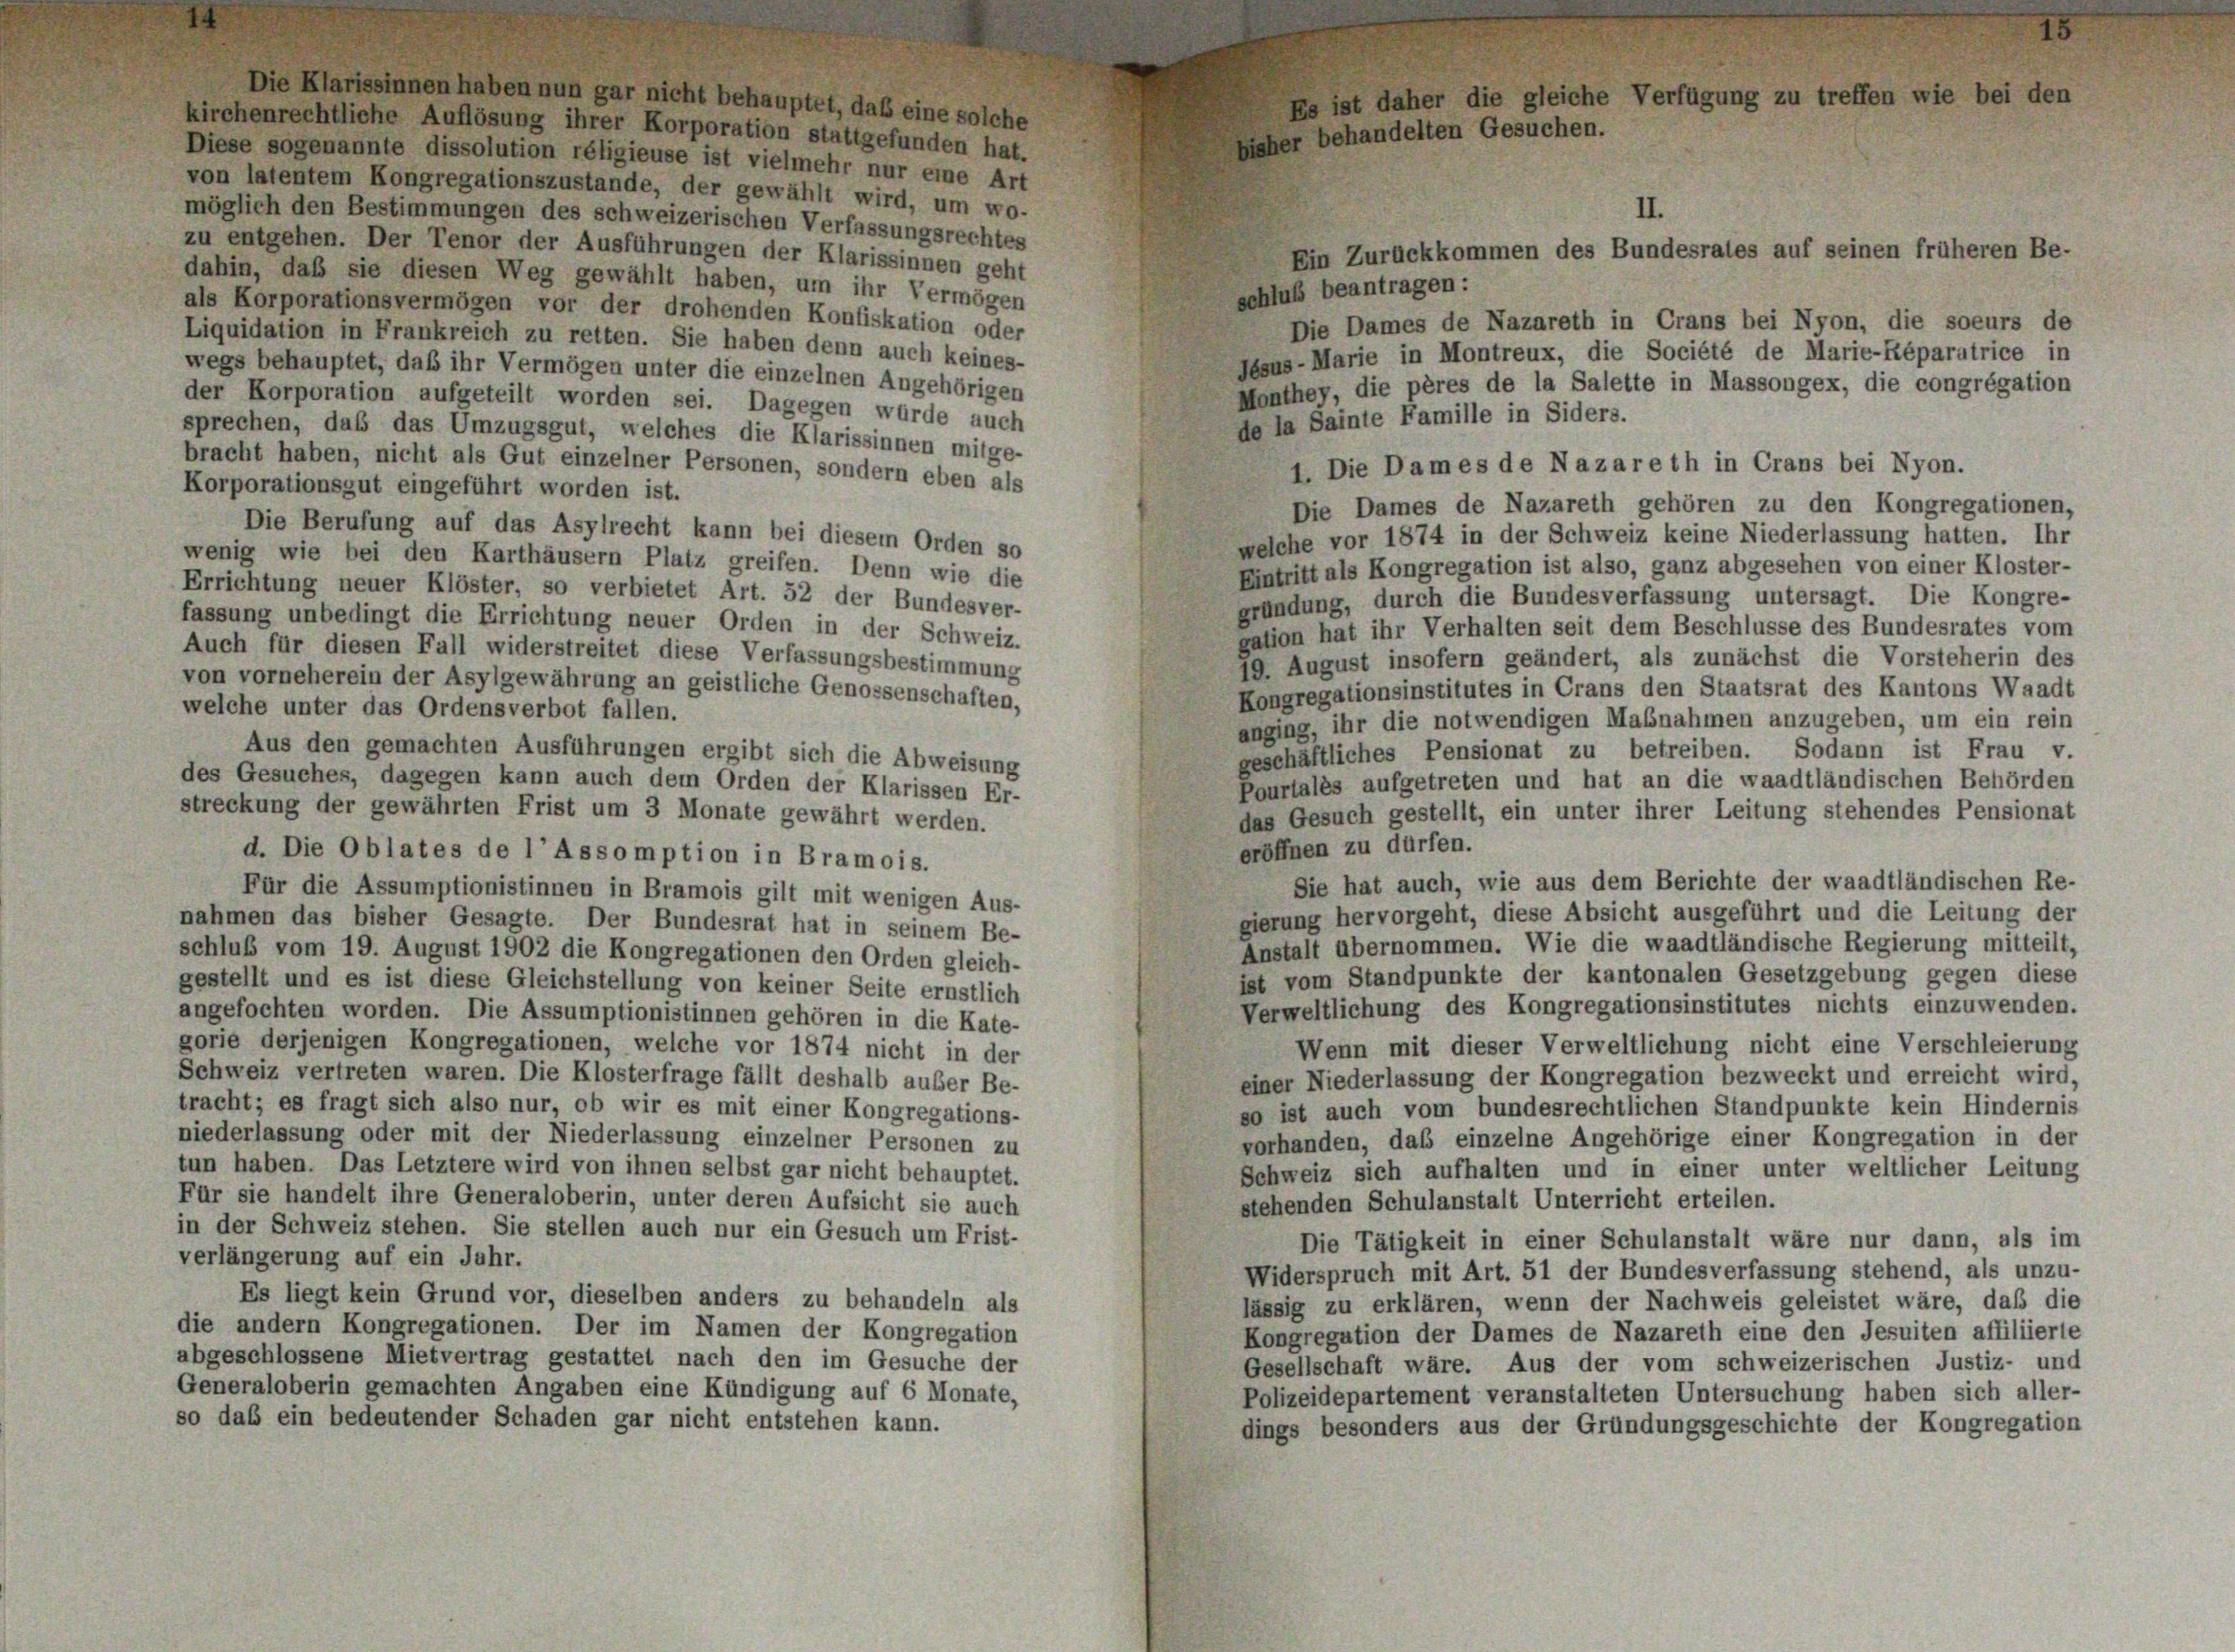
kirchenrechtliche Auflösung ihrer Korporation stattgefunden hat.
Diese sogenannte dissolution réligieuse ist vielmehr nur eine Art
von latentem Kongregationszustande, der gewählt wird, um wo-
möglich den Bestimmungen des schweizerischen Verfassungsrechtes
zu entgehen. Der Tenor der Ausführungen der Klarissinnen geht
dahin, daß sie diesen Weg gewählt haben, um ihr Vermögen
als Korporationsvermögen vor der drohenden Konfiskation oder
Liquidation in Frankreich zu retten. Sie haben denn auch keines-
wegs behauptet, daß ihr Vermögen unter die einzelnen Angehörigen
der Korporation aufgeteilt worden sei. Dagegen würde auch
sprechen, daß das Umzugsgut, welches die Klarissinnen mitge-
bracht haben, nicht als Gut einzelner Personen, sondern eben als
Korporationsgut eingeführt worden ist.
Die Berufung auf das Asylrecht kann bei diesem Orden so
wenig wie bei den Karthäusern Platz greifen. Denn wie die
Errichtung neuer Klöster, so verbietet Art. 52 der Bundesver-
fassung unbedingt die Errichtung neuer Orden in der Schweiz.
Auch für diesen Fall widerstreitet diese Verfassungsbestimmung
von vorneherein der Asylgewährung an geistliche Genossenschaften,
welche unter das Ordensverbot fallen.
Aus den gemachten Ausführungen ergibt sich die Abweisung
des Gesuches, dagegen kann auch dem Orden der Klarissen Er-
streckung der gewährten Frist um 3 Monate gewährt werden.
d. Die Oblates de l’Assomption in Bramois.
Für die Assumptionistinnen in Bramois gilt mit wenigen Aus-
nahmen das bisher Gesagte. Der Bundesrat hat in seinem Be-
schluß vom 19. August 1902 die Kongregationen den Orden gleich-
gestellt und es ist diese Gleichstellung von keiner Seite ernstlich
angefochten worden. Die Assumptionistinnen gehören in die Kate-
gorie derjenigen Kongregationen, welche vor 1874 nicht in der
Schweiz vertreten waren. Die Klosterfrage fällt deshalb außer Be-
tracht; es fragt sich also nur, ob wir es mit einer Kongregations-
niederlassung oder mit der Niederlassung einzelner Personen zu
tun haben. Das Letztere wird von ihnen selbst gar nicht behauptet.
Für sie handelt ihre Generaloberin, unter deren Aufsicht sie auch
in der Schweiz stehen. Sie stellen auch nur ein Gesuch um Frist-
verlängerung auf ein Jahr.
Es liegt kein Grund vor, dieselben anders zu behandeln als
die andern Kongregationen. Der im Namen der Kongregation
abgeschlossene Mietvertrag gestattet nach den im Gesuche der
Generaloberin gemachten Angaben eine Kündigung auf 6 Monate,
so daß ein bedeutender Schaden gar nicht entstehen kann.

auptet, daß eine solche

Die Dames de Nazareth in Crans bei Nyon, die soeurs de
Jesus-Marie in Montreux, die Société de Marie-Réparatrice in
Monthey, die pères de la Salette in Massongex, die congrégation
de la Sainte Famille in Siders.
Die Dames de Nazareth gehören zu den Kongregationen,
welche vor 1874 in der Schweiz keine Niederlassung hatten. Ihr
Eintritt als Kongregation ist also, ganz abgesehen von einer Kloster-
gründung, durch die Bundesverfassung untersagt. Die Kongre-
gation hat ihr Verhalten seit dem Beschlüsse des Bundesrates vom
19. August insofern geändert, als zunächst die Vorsteherin des
Kongregationsinstitutes in Crans den Staatsrat des Kantons Waadt
anging, ihr die notwendigen Maßnahmen anzugeben, um ein rein
geschäftliches Pensionat zu betreiben. Sodann ist Frau v.
Pourtales aufgetreten und hat an die waadtländischen Behörden
das Gesuch gestellt, ein unter ihrer Leitung stehendes Pensionat
eröffnen zu dürfen.
Sie hat auch, wie aus dem Berichte der waadtländischen Re-
gierung hervorgeht, diese Absicht ausgeführt und die Leitung der
Anstalt übernommen. Wie die waadtländische Regierung mitteilt,
ist vom Standpunkte der kantonalen Gesetzgebung gegen diese
Verweltlichung des Kongregationsinstitutes nichts einzuwenden.
Wenn mit dieser Verweltlichung nicht eine Verschleierung
einer Niederlassung der Kongregation bezweckt und erreicht wird,
so ist auch vom bundesrechtlichen Standpunkte kein Hindernis
vorhanden, daß einzelne Angehörige einer Kongregation in der
Schweiz sich aufhalten und in einer unter weltlicher Leitung
stehenden Schulanstalt Unterricht erteilen.
Die Tätigkeit in einer Schulanstalt wäre nur dann, als im
Widerspruch mit Art. 51 der Bundesverfassung stehend, als unzu-
lässig zu erklären, wenn der Nachweis geleistet wäre, daß die
Kongregation der Dames de Nazareth eine den Jesuiten affiliierte
Gesellschaft wäre. Aus der vom schweizerischen Justiz- und
Polizeidepartement veranstalteten Untersuchung haben sich aller-
dings besonders aus der Gründungsgeschichte der Kongregation

II.
Ein Zurückkommen des Bundesrates auf seinen früheren Be
schluß beantragen:

1. Die Dames de Nazareth in Crans bei Nyon.